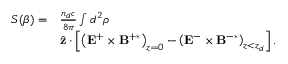
\begin{array} { r l } { S ( \beta ) = } & { \frac { n _ { d } c } { 8 \pi } \int d ^ { 2 } \boldsymbol { \rho } } \\ & { \hat { \mathbf { z } } \cdot \left[ \left( \mathbf { E } ^ { + } \times \mathbf { B } ^ { + \ast } \right) _ { z = 0 } - \left( \mathbf { E } ^ { - } \times \mathbf { B } ^ { - \ast } \right) _ { z < z _ { d } } \right] . } \end{array}